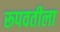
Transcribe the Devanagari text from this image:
रूपवतीला